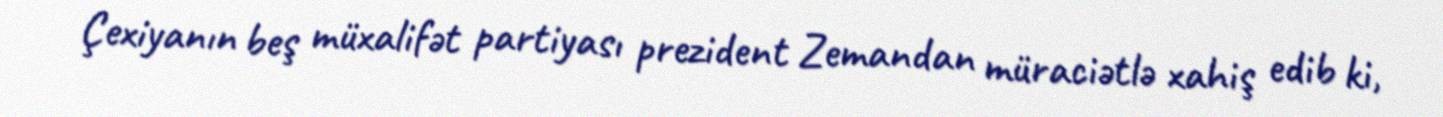
Çexiyanın beş müxalifət partiyası prezident Zemandan müraciətlə xahiş edib ki,